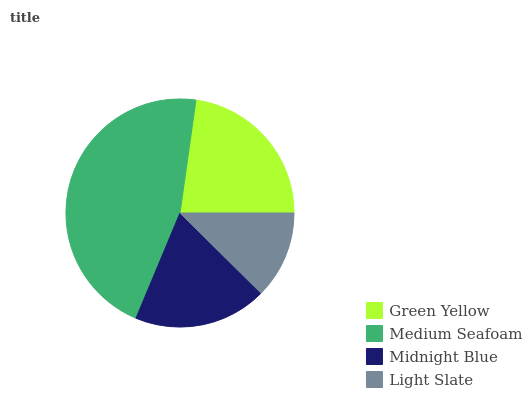
| Green Yellow | Medium Seafoam | Midnight Blue | Light Slate |
 | --- | --- | --- | --- |
 | 22.7% | 45.9% | 18.9% | 12.4% |